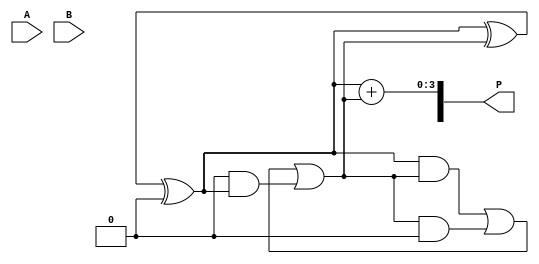
module WallaceTreeMultiplier #(parameter N = 4) (
    input [N-1:0] A,
    input [N-1:0] B,
    output reg [2*N-1:0] P
);

    // Partial product generation
    wire [N-1:0] pp [0:N-1]; // Partial products
    genvar i, j;
    generate
        for (i = 0; i < N; i = i + 1) begin : pp_gen
            assign pp[i] = A & {N{B[i]}}; // Generate partial products
        end
    endgenerate

    // Carry-save adder (CSA)
    function [N-1:0] CSA(
        input [N-1:0] a,
        input [N-1:0] b,
        input [N-1:0] c
    );
        CSA = a ^ b ^ c; // Sum
    endfunction

    function [N-1:0] carry(
        input [N-1:0] a,
        input [N-1:0] b,
        input [N-1:0] c
    );
        carry = (a & b) | (b & c) | (c & a); // Carry
    endfunction

    // Reduction stage
    wire [N-1:0] sum [0:N-1]; // Sums from CSAs
    wire [N-1:0] carry_out [0:N-1]; // Carries from CSAs

    // First level of reduction
    generate
        for (i = 0; i < N-1; i = i + 1) begin : first_level
            if (i % 2 == 0) begin
                assign sum[i/2] = CSA(pp[i], pp[i+1], 0);
                assign carry_out[i/2] = carry(pp[i], pp[i+1], 0);
            end
        end
    endgenerate

    // Second level of reduction
    generate
        for (i = 0; i < (N+1)/2; i = i + 1) begin : second_level
            if (i < (N-1)/2) begin
                assign sum[i] = CSA(sum[i], carry_out[i], 0);
                assign carry_out[i] = carry(sum[i], carry_out[i], 0);
            end
        end
    endgenerate

    // Final addition
    wire [N-1:0] final_sum;
    wire [N-1:0] final_carry;

    assign final_sum = sum[0] + carry_out[0];

    always @(*) begin
        P = {final_carry, final_sum}; // Concatenate carry and sum for final product
    end

endmodule